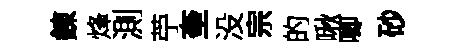
錬烽測苧奎没宗的啾唧砂